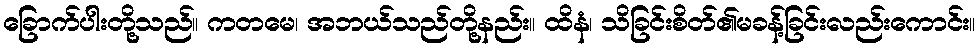
ခြောက်ပါးတို့သည်။ ကတမေ၊ အဘယ်သည်တို့နည်း။ ထိနံ၊ သိခြင်းစိတ်၏မခန့်ခြင်းလည်းကောင်း။